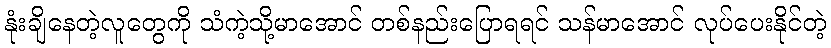
နုံးချိနေတဲ့လူတွေကို သံကဲ့သို့မာအောင် တစ်နည်းပြောရရင် သန်မာအောင် လုပ်ပေးနိုင်တဲ့